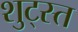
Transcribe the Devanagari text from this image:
शुट्स्त